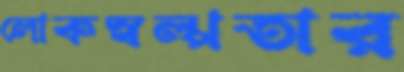
লোকস্বল্পতার